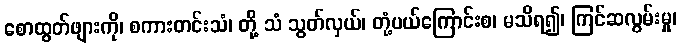
စောထွတ်ဖျားကို၊ စကားတင်းသံ၊ တို့ သံ သွတ်လှယ်၊ တုံ့ပယ်ကြောင်းစ၊ မသိရ၍၊ ကြင်ဆလွမ်းမှု၊